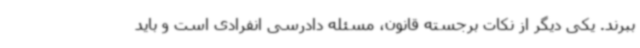
ببرند. یکی دیگر از نکات برجسته قانون، مسئله دادرسی انفرادی است و باید